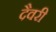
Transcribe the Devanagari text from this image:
दैवरी